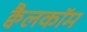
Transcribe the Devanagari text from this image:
क्वैलकॉम